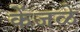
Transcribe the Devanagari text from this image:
केंजळे